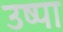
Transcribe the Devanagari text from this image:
उष्पा